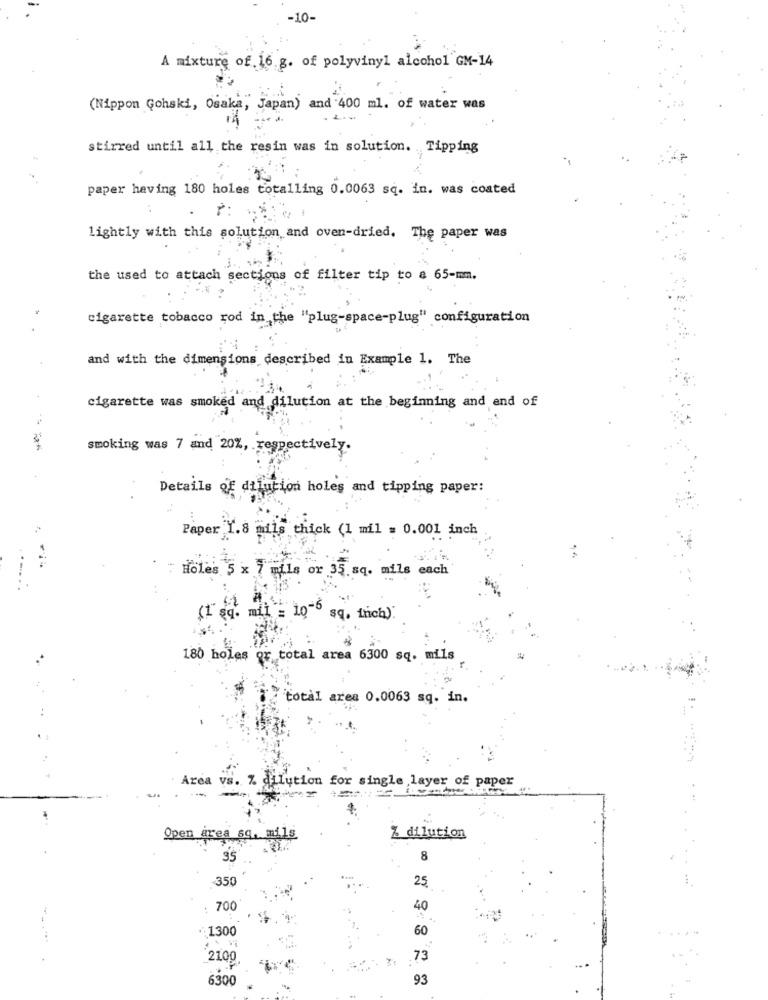
-10-
A mixture of. 16 g. of polyvinyl alcohol GM-14
(Nippon Gohski, Osaka, Japan) and 400 ml. of water was
stirred until all the resin was in solution. Tipping
paper having 180 holes totalling 0.0063 sq. in. was coated
lightly with this solution and oven-dried. The paper was
the used to attach sections of filter tip to a 65-mm.
cigarette tobacco rod in the "plug-space-plug" configuration
and with the dimensions described in Example 1. The
cigarette was smoked and dilution at the beginning and end of
smoking was 7 and 20%, respectively.
Details of dilution holes and tipping paper:
Paper 1.8 mils thick (1 mil = 0.001 inch
Holes 5 x 7 mils or 35 sq. mils each
(1 sq. mil = 10-6 sq, inch).
180 holes or total area 6300 sq. mils
total area 0.0063 sq. in.
Area vs. % dilution for single layer of paper
Open area sq. mils
Z dilution
35
8
25
350
700
40
1300
60
....
2100
73
6300
93